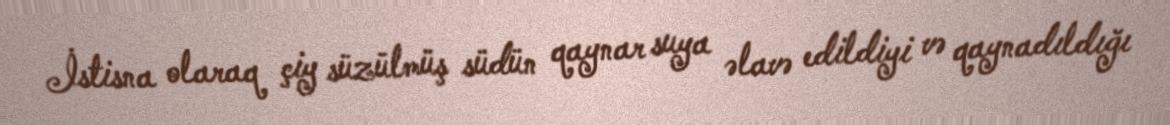
İstisna olaraq çiy süzülmüş südün qaynar suya əlavə edildiyi və qaynadıldığı